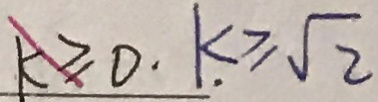
k \geq 0 . k \geq \sqrt { 2 }